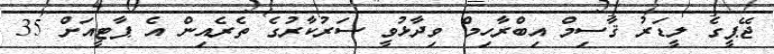
ޖޭޕީގެ ލީޑަރު ޤާސިމް އިބްރާހިމް ވިދާޅުވީ ސަރުކާރުގެ ތެރެއިން އެ ޕާޓީއަށް 35